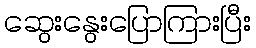
ဆွေးနွေးပြောကြားပြီး